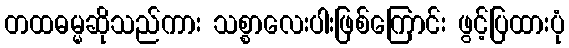
တထဓမ္မဆိုသည်ကား သစ္စာလေးပါးဖြစ်ကြောင်း ဖွင့်ပြထားပုံ